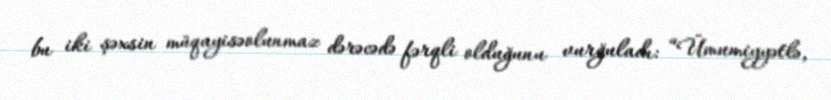
bu iki şəxsin müqayisəolunmaz dərəcədə fərqli olduğunu vurğuladı: “Ümumiyyətlə,